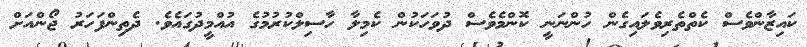
ކައިޒާންވެސް ކެތްތެރިވެލައިގެން ހުންނަނީ ކޮންމެވެސް ދުވަހަކުން ކެމިލާ ހާސިލްކުރުމުގެ އުއްމީދުގައެވެ. ދެތިންފަހަރު ޖޯންއަށް